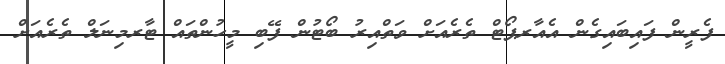
ފެރީން ފައިބައިގެން އެއާރޕޯޓް ތެރެއަށް ވަތްއިރު ބޯޓުން ފޭބި މީހުންތައް ޓާރމިނަލް ތެރެއަށް